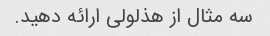
سه مثال از هذلولی ارائه دهید.